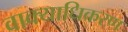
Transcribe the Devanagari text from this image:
वाक्याधिकरण